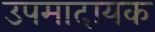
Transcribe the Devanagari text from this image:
उपमादायक